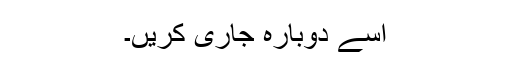
اسے دوبارہ جاری کریں۔